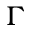
\Gamma